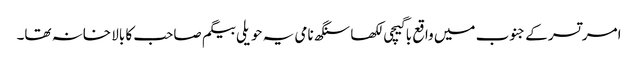
امرتسر کے جنوب میں واقع باگیچی لکھا سنگھ نامی یہ حویلی بیگم صاحب کا بالا خانہ تھا۔